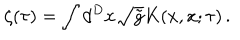
\zeta ( \tau ) = \int d ^ { D } x \sqrt { \tilde { g } } K ( x , x ; \tau ) \, .